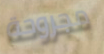
مجروحة